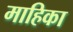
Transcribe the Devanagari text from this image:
माहिका